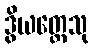
ဒွိယတ္တေသု